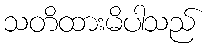
သတိထားမိပါသည်